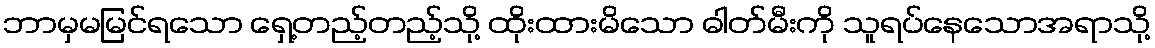
ဘာမှမမြင်ရသော ရှေ့တည့်တည့်သို့ ထိုးထားမိသော ဓါတ်မီးကို သူရပ်နေသောအရာသို့